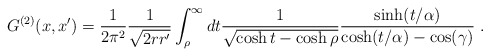
\begin{align*}G^{(2)}(x,x')=\frac1{2\pi^2}\frac1{\sqrt{2rr'}}\int_\rho^\infty dt\frac1{\sqrt{\cosh t-\cosh\rho}}\frac{\sinh(t/\alpha)}{\cosh(t/\alpha)-\cos(\gamma)} \ .\end{align*}